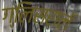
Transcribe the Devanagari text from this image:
ग्लिसरालॅ